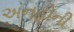
અનહોની